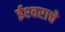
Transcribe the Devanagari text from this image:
ईश्‍वराचे